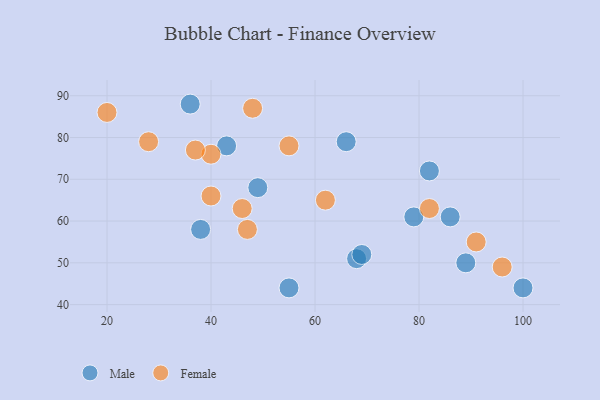
{"axis": {"x": "GDP", "y": "Life Expectancy"}, "legend": ["Female", "Male"], "data": [{"x": "36", "y": 88, "type": "Male"}, {"x": "66", "y": 79, "type": "Male"}, {"x": "68", "y": 51, "type": "Male"}, {"x": "69", "y": 52, "type": "Male"}, {"x": "49", "y": 68, "type": "Male"}, {"x": "86", "y": 61, "type": "Male"}, {"x": "38", "y": 58, "type": "Male"}, {"x": "89", "y": 50, "type": "Male"}, {"x": "82", "y": 72, "type": "Male"}, {"x": "43", "y": 78, "type": "Male"}, {"x": "100", "y": 44, "type": "Male"}, {"x": "79", "y": 61, "type": "Male"}, {"x": "55", "y": 44, "type": "Male"}, {"x": "47", "y": 58, "type": "Female"}, {"x": "48", "y": 87, "type": "Female"}, {"x": "20", "y": 86, "type": "Female"}, {"x": "46", "y": 63, "type": "Female"}, {"x": "40", "y": 66, "type": "Female"}, {"x": "96", "y": 49, "type": "Female"}, {"x": "28", "y": 79, "type": "Female"}, {"x": "62", "y": 65, "type": "Female"}, {"x": "91", "y": 55, "type": "Female"}, {"x": "40", "y": 76, "type": "Female"}, {"x": "82", "y": 63, "type": "Female"}, {"x": "37", "y": 77, "type": "Female"}, {"x": "55", "y": 78, "type": "Female"}]}